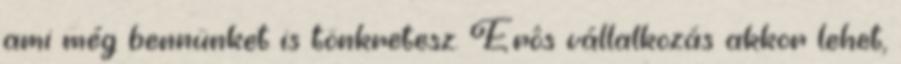
ami még bennünket is tönkretesz. Erôs vállalkozás akkor lehet,